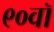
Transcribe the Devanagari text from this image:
९०वॉ